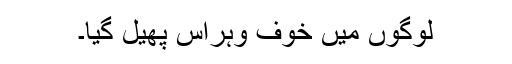
لوگوں میں خوف وہراس پھیل گیا۔